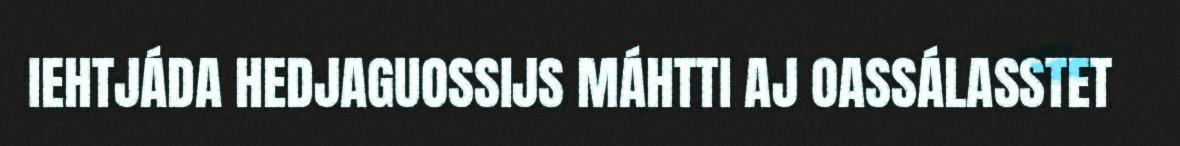
IEHTJÁDA HEDJAGUOSSIJS MÁHTTI AJ OASSÁLASSTET